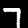
Label: 7